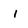
Character: i